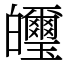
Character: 𤿂